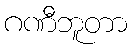
ဂဏီဘူတာ